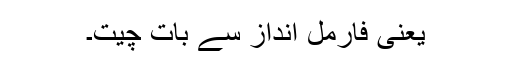
یعنی فارمل انداز سے بات چیت۔